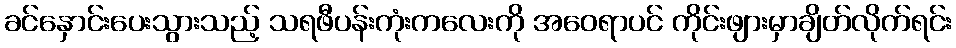
ခင်နှောင်းပေးသွားသည့် သရဖီပန်းကုံးကလေးကို အဝေရာပင် ကိုင်းဖျားမှာချိတ်လိုက်ရင်း